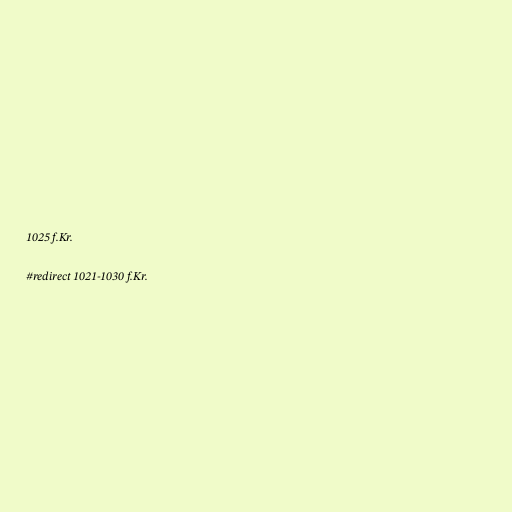
1025 f.Kr.

#redirect 1021-1030 f.Kr.